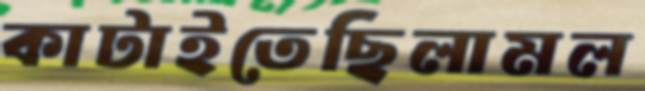
কাটাইতেছিলামল